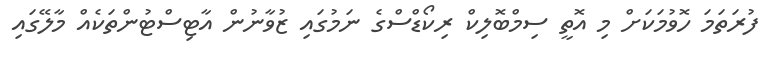
ފުރަތަމަ ހޮވުމަކަށް މި އޮތީ ސިމްބޮލިކް ރިކޯޑްސްގެ ނަމުގައި ޒުވާނުން އާޓިސްޓުންތަކެއް މާލޭގައި